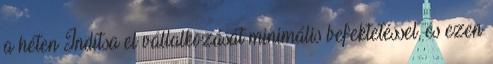
a héten Indítsa el vállalkozását minimális befektetéssel, és ezen